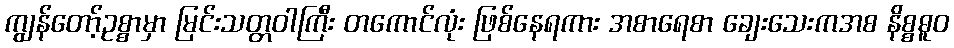
ကျွန်တော့်ဥစ္စာမှာ မြင်းသတ္တဝါကြီး တကောင်လုံး ဖြစ်နေရကား အစာရေစာ ချေးသေးကအစ နိစ္စဓူဝ